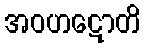
အဝဟဋောတိ